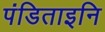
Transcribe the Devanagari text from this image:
पंडिताइनि